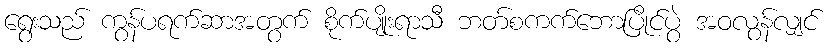
ရွေးသည် ကွန်ပရက်ဆာအတွက် စိုက်ပျိုးရာသီ ဘတ်စကက်ဘောပြိုင်ပွဲ အဝလွန်လျှင်